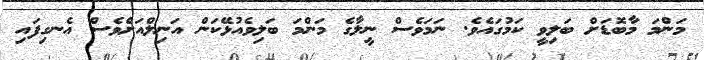
މަންމަ މާބޮޑަށް ބަލިވީ ކަމުގައެވެ. ނަމަވެސް ނީލާގެ މަންމަ ބަލިވެއުޅޭކަން އަނިލްއަށްވެސް އެނގިފައި